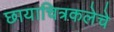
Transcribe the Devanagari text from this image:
छायाचित्रकलेचे